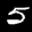
Label: 5